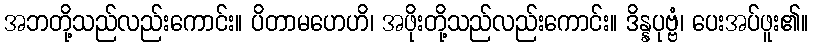
အဘတို့သည်လည်းကောင်း။ ပိတာမဟေဟိ၊ အဖိုးတို့သည်လည်းကောင်း။ ဒိန္နပုဗ္ဗံ၊ ပေးအပ်ဖူး၏။